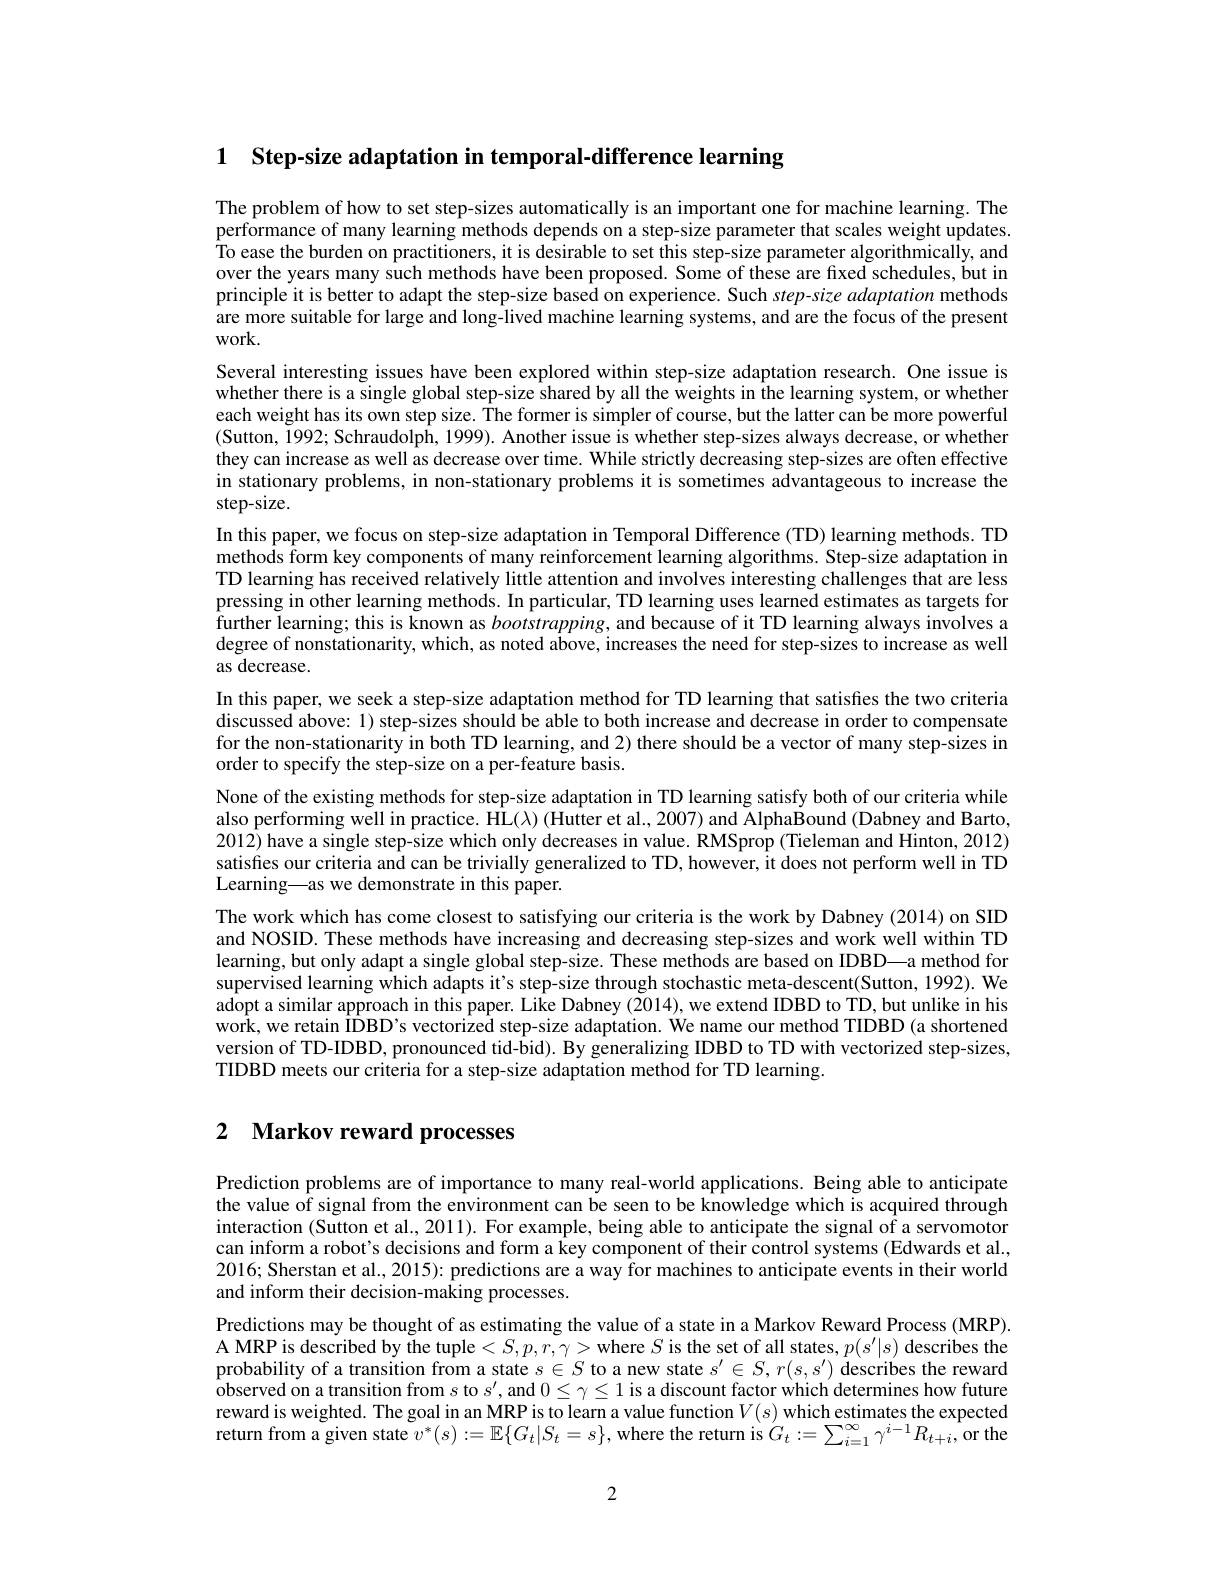
1 Step-size adaptation in temporal-difference learning

The problem of how to set step-sizes automatically is an important one for machine learning. The performance of many learning methods depends on a step-size parameter that scales weight updates. To ease the burden on practitioners, it is desirable to set this step-size parameter algorithmically, and over the years many such methods have been proposed. Some of these are fixed schedules, but in principle it is better to adapt the step-size based on experience. Such step-size adaptation methods are more suitable for large and long-lived machine learning systems, and are the focus of the present work.

Several interesting issues have been explored within step-size adaptation research. One issue is whether there is a single global step-size shared by all the weights in the learning system, or whether each weight has its own step size. The former is simpler of course, but the latter can be more powerful (Sutton, 1992; Schraudolph, 1999). Another issue is whether step-sizes always decrease, or whether they can increase as well as decrease over time. While strictly decreasing step-sizes are often effective in stationary problems, in non-stationary problems it is sometimes advantageous to increase the step-size.
In this paper, we focus on step-size adaptation in Temporal Difference (TD) learning methods. TD methods form key components of many reinforcement learning algorithms. Step-size adaptation in TD learning has received relatively little attention and involves interesting challenges that are less pressing in other learning methods. In particular, TD learning uses learned estimates as targets for further learning; this is known as $bootstrapping$, and because of it TD learning always involves a degree of nonstationarity, which, as noted above, increases the need for step-sizes to increase as well as decrease.
In this paper, we seek a step-size adaptation method for TD learning that satisfies the two criteria discussed above: 1) step-sizes should be able to both increase and decrease in order to compensate for the non-stationarity in both TD learning, and 2) there should be a vector of many step-sizes in order to specify the step-size on a per-feature basis.
None of the existing methods for step-size adaptation in TD learning satisfy both of our criteria while also performing well in practice. HL$( \lambda )$ (Hutter et al., 2007) and AlphaBound (Dabney and Barto, 2012) have a single step-size which only decreases in value. RMSprop (Tieleman and Hinton, 2012) satisfies our criteria and can be trivially generalized to TD, however, it does not perform well in TD Learning—as we demonstrate in this paper.
The work which has come closest to satisfying our criteria is the work by Dabney (2014) on SID and NOSID. These methods have increasing and decreasing step-sizes and work well within TD learning, but only adapt a single global step-size. These methods are based on IDBD—a method for supervised learning which adapts it's step-size through stochastic meta-descent(Sutton, 1992). We adopt a similar approach in this paper. Like Dabney (2014), we extend IDBD to TD, but unlike in his work, we retain IDBD's vectorized step-size adaptation. We name our method TIDBD (a shortened version of TD-IDBD, pronounced tid-bid). By generalizing IDBD to TD with vectorized step-sizes, TIDBD meets our criteria for a step-size adaptation method for TD learning.

# 2 $\textbf{Markov reward processes}$

Prediction problems are of importance to many real-world applications. Being able to anticipate the value of signal from the environment can be seen to be knowledge which is acquired through interaction (Sutton et al., 2011). For example, being able to anticipate the signal of a servomotor can inform a robot's decisions and form a key component of their control systems (Edwards et al., 2016; Sherstan et al., 2015): predictions are a way for machines to anticipate events in their world and inform their decision-making processes.
Predictions may be thought of as estimating the value of a state in a Markov Reward Process (MRP). A MRP is described by the tuple $<S,p,r,\gamma>$where $S$ is the set of all states$,p(s^{\prime}|s)$ describes the probability of a transition from a state $s\in S$ to a new state $s^\prime\in S,r(s,s^{\prime})$ describes the reward observed on a transition from $s$ to $s^\prime$, and $0\leq\gamma\leq1$ is a discount factor which determines how future reward is weighted. The goal in an MRP is to learn a value function $V(s)$ which estimates the expected return from a given state $v^*(s):=\mathbb{E}\{G_t|S_t=s\}$, where the return is $G_t:=\sum_i=1^\infty\gamma^{i-1}R_{t+i}$, or the

2